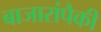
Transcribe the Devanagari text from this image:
बाजारांपैकी